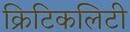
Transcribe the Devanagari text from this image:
क्रिटिकलिटी